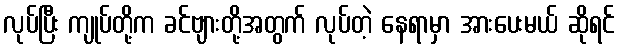
လုပ်ပြီး ကျုပ်တို့က ခင်ဗျားတို့အတွက် လုပ်တဲ့ နေရာမှာ အားပေးမယ် ဆိုရင်